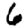
Digit: 6